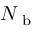
N _ { \textrm { b } }